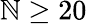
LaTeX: \mathbb{N}\ge20